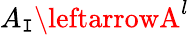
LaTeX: A_{\mathtt{I}}\leftarrowA^{l}